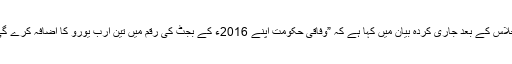
قدامت پسند سی ڈی یو اور سوشل ڈیمو کریٹ ایس پی ڈی جماعتوں نے اتوار کی شب ایک اجلاس کے بعد جاری کردہ بیان میں کہا ہے کہ ”وفاقی حکومت اپنے 2016ء کے بجٹ کی رقم میں تین ارب یورو کا اضافہ کرے گی تاکہ مہاجرین اور پناہ کی تلاش میں آنے والے تارکین وطن کے مسئلے سے نمٹا جاسکے۔